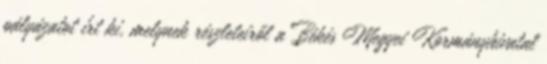
pályázatot írt ki, melynek részleteiről a Békés Megyei Kormányhivatal